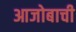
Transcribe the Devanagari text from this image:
आजोबाची